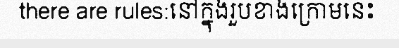
there are rules:នៅក្នុងរួបខាងក្រោមនេះ